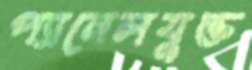
প্যানেলযুক্ত